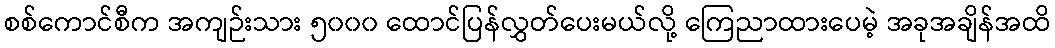
စစ်ကောင်စီက အကျဉ်းသား ၅၀၀၀ ထောင်ပြန်လွှတ်ပေးမယ်လို့ ကြေညာထားပေမဲ့ အခုအချိန်အထိ